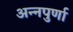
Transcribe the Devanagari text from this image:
अन्‍नपुर्णा